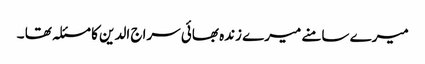
میرے سامنے میرے زندہ بھائی سراج الدین کا مسئلہ تھا ۔